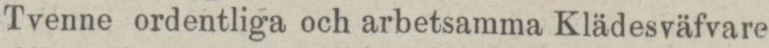
Tvenne ordentliga och arbetsamma Klädesväfvare